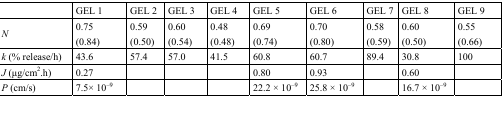
|  | GEL 1 | GEL 2 | GEL 3 | GEL 4 | GEL 5 | GEL 6 | GEL 7 | GEL 8 | GEL 9 |
 | --- | --- | --- | --- | --- | --- | --- | --- | --- | --- |
 | N | 0.75(0.84) | 0.59(0.50) | 0.60(0.54) | 0.48(0.48) | 0.69(0.74) | 0.70(0.80) | 0.58(0.59) | 0.60(0.50) | 0.55(0.66) |
 | k (% release/h) | 43.6 | 57.4 | 57.0 | 41.5 | 60.8 | 60.7 | 89.4 | 30.8 | 100 |
 | J (μg/cm2.h) | 0.27 |  |  |  | 0.80 | 0.93 |  | 0.60 |  |
 | P (cm/s) | 7.5× 10−9 |  |  |  | 22.2 × 10−9 | 25.8 × 10−9 |  | 16.7 × 10−9 |  |